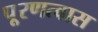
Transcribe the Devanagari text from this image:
पू्रणत्वास